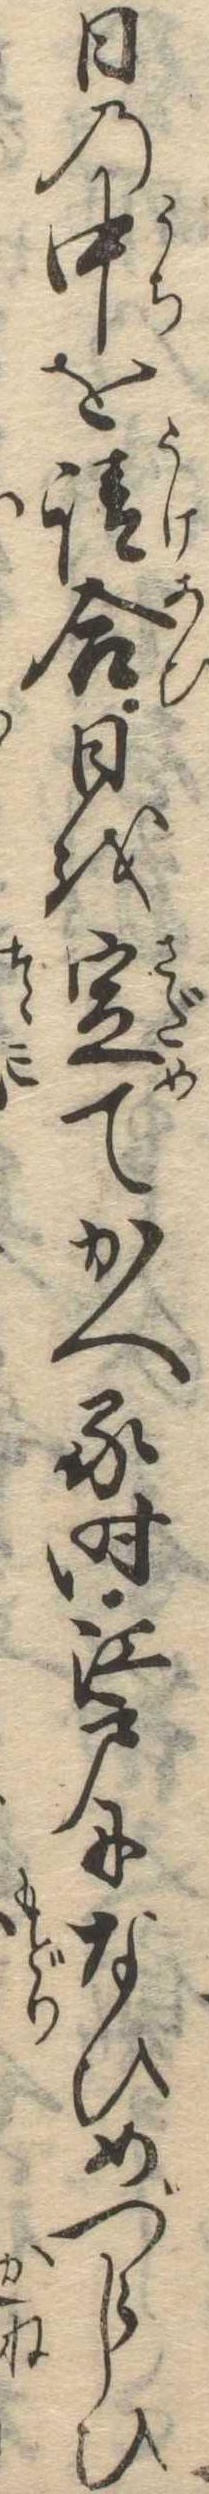
日の中を請合日を定てかへる時江戸になひめづらしひ